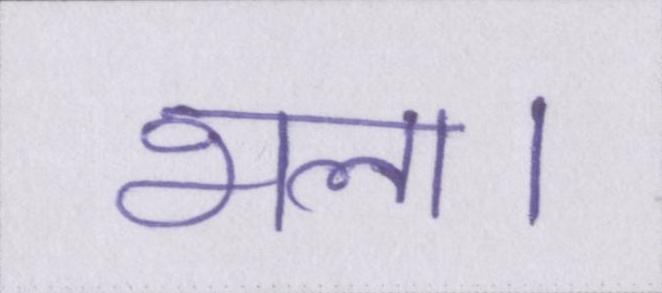
भला।